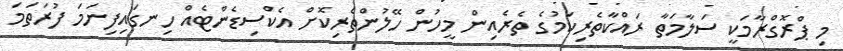
މި ޕްރޮގްރާމަކީ ސަލާމަތާ ރައްކާތެރިކަމުގެ ތެރެއިން މީހުން ހޭލުންތެރިކޮޮށް އެކްސިޑެންޓެއް ހިނގައިފިނަމަ ފުރަތަމަ